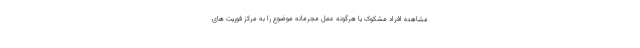
مشاهده افراد مشکوک یا هرگونه عمل مجرمانه موضوع را به مرکز فوریت ‌های